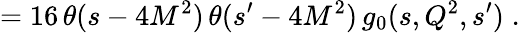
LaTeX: =16\, \theta(s-4M^{2})\, \theta(s^{\prime}-4M^{2})\, g_{0}(s,Q^{2},s^{\prime})\; .